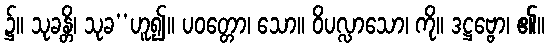
၌။ သုခန္တိ၊ သုခ’’ဟူ၍။ ပဝတ္တော၊ သော။ ဝိပလ္လာသော၊ ကို။ ဒဋ္ဌဗ္ဗော၊ ၏။